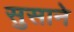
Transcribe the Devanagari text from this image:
सुसाने